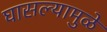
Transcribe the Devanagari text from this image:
घासल्यामुळे